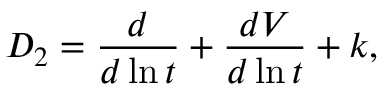
D _ { 2 } = \frac { d } { d \ln t } + \frac { d V } { d \ln t } + k ,